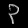
Digit: ၃